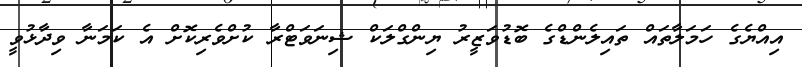
އިއްޔެގެ ހަމަލާތައް ތައިލެންޑްގެ ބޮޑުވަޒީރު ޔިންގްލަކް ޝިނަވަޓްރާ ކުށްވެރިކޮށް އެ ކަމަނާ ވިދާޅުވީ